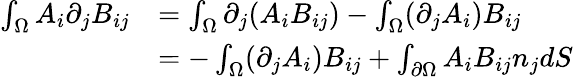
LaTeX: \begin{array}{rl}{\int_{\Omega}A_{i}\partial_{j}B_{ij}}&{=\int_{\Omega}\partial_{j}(A_{i}B_{ij})-\int_{\Omega}(\partial_{j}A_{i})B_{ij}}\\ &{=-\int_{\Omega}(\partial_{j}A_{i})B_{ij}+\int_{\partial\Omega}A_{i}B_{ij}n_{j}dS}\end{array}